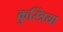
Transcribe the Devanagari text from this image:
कुस्त्रिया